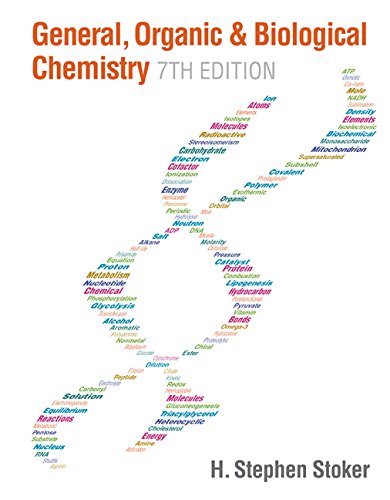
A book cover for General, Organic, and Biological Chemistry; H. Stephen Stoker; Science & Math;